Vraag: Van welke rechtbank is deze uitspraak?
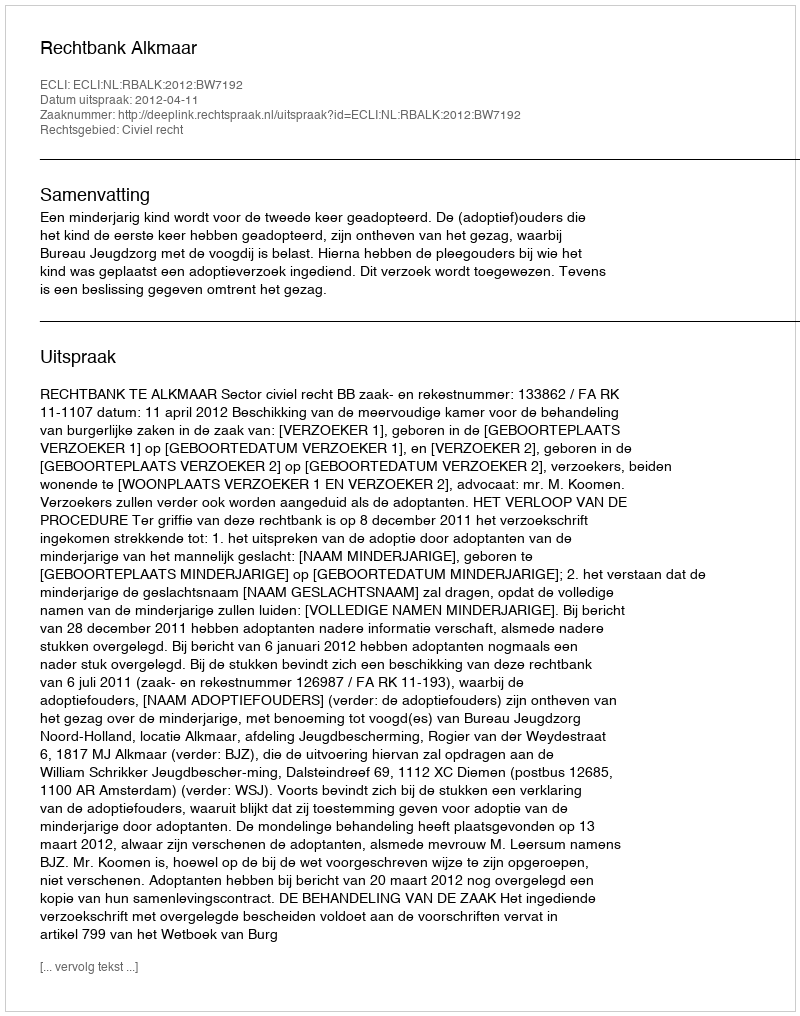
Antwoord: Rechtbank Alkmaar